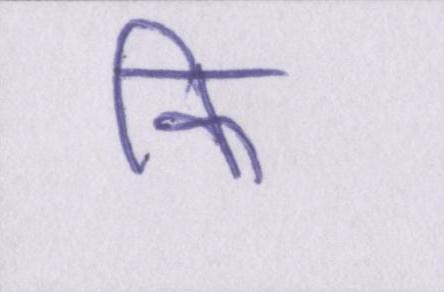
कि